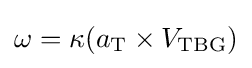
\omega =\kappa (a_{\text{T}}\times V_{\text{TBG}})